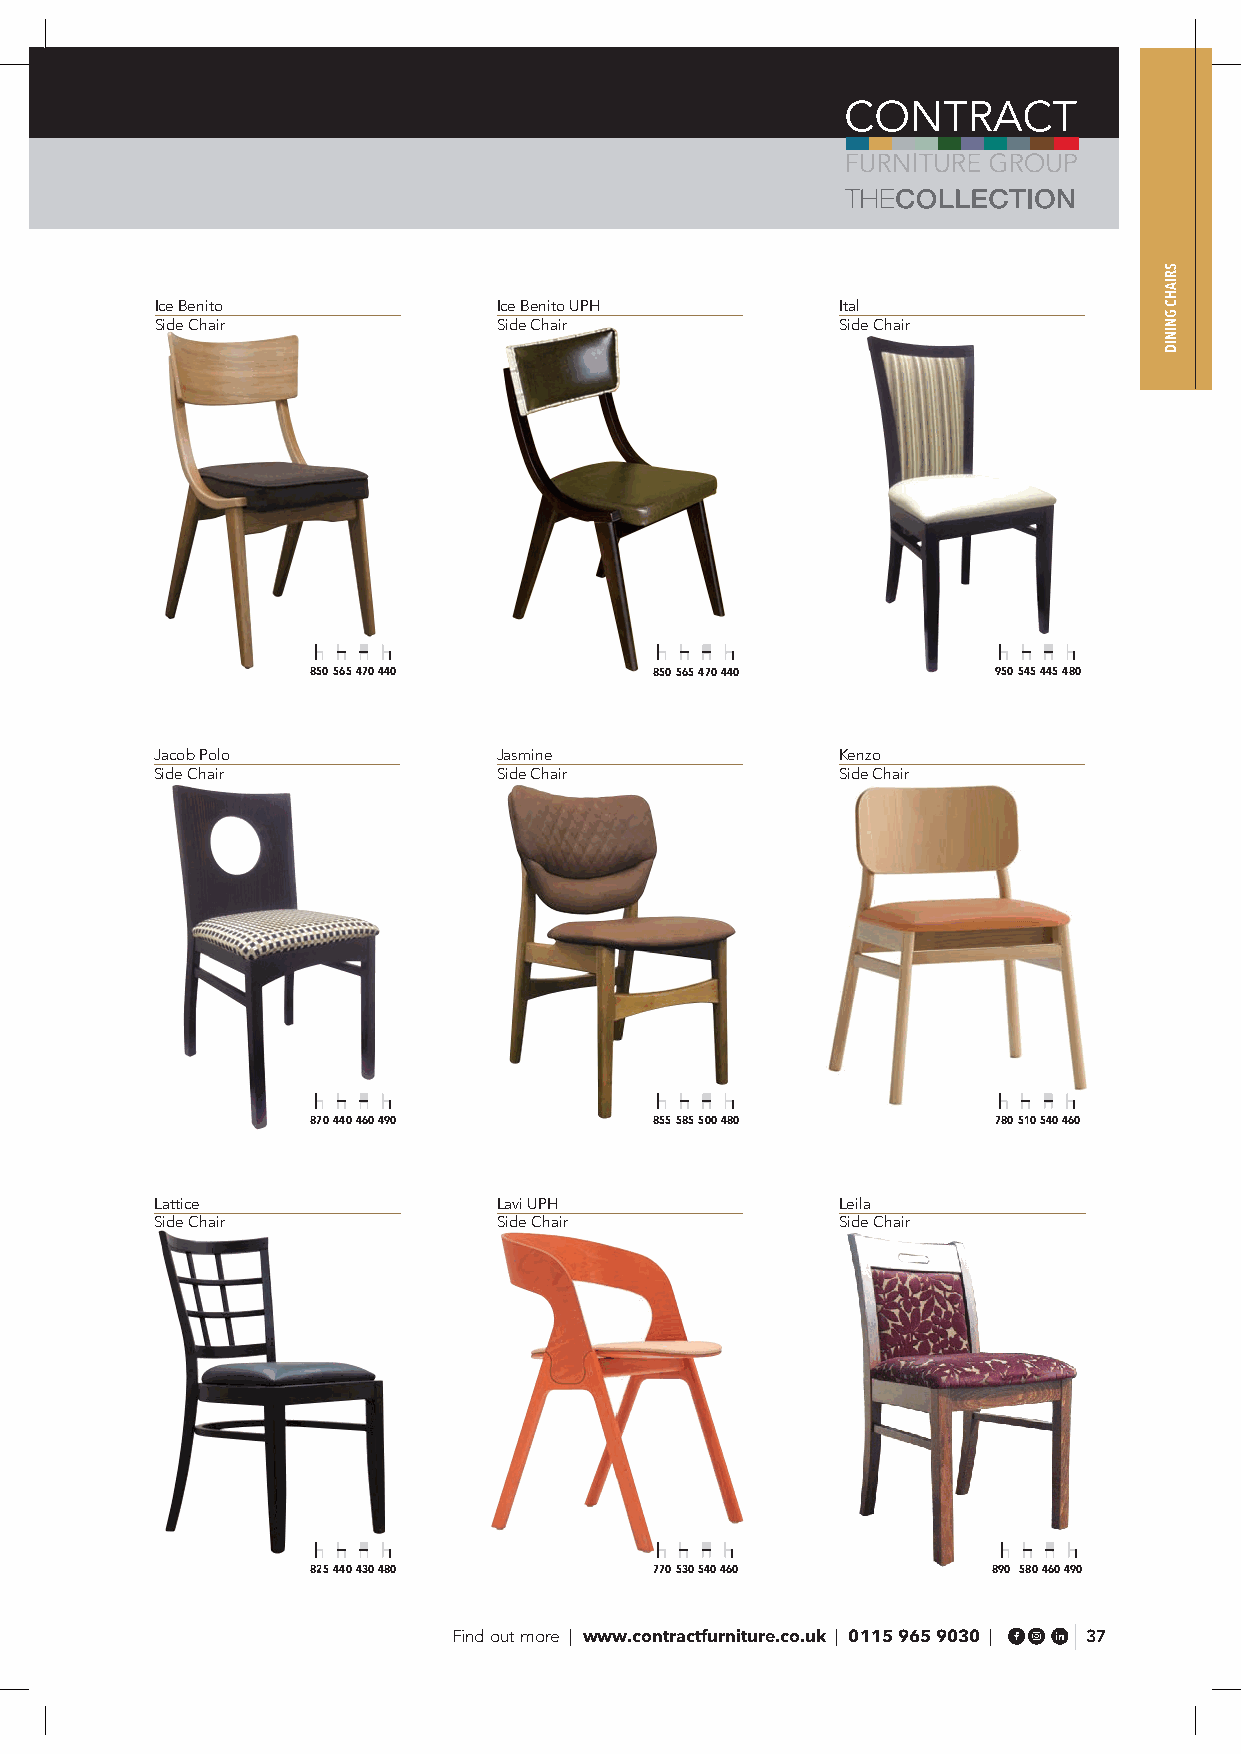
Ice Benito             Ice Benito UPH         Ital
 Side Chair             Side Chair             Side Chair
 850 565 470 440       850 565 470 440        950 545 445 480
 Jacob Polo             Jasmine                Kenzo
 Side Chair             Side Chair             Side Chair
 870 440 460 490       855 585 500 480        780 510 540 460
 Lattice                Lavi UPH               Leila
 Side Chair             Side Chair             Side Chair
 825 440 430 480       770 530 540 460        890 580 460 490
 Find out more | www.contractfurniture.co.uk | 0115 965 9030 | 37
 SRIAHC
 GNINID